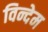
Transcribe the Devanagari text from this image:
विन्देम